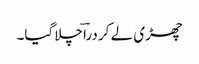
چھڑی لے کر دراؔ چلاگیا۔